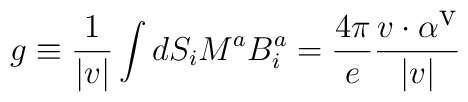
g\equiv \frac{1}{|v|}\int dS_{i}M^{a}B_{i}^{a}=\frac{4\pi }{e}\frac{v\cdot \alpha ^{\textrm{v}}}{|v|}